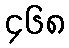
၄၆၈